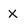
Character: x